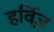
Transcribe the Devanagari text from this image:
हर्विज़